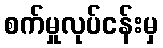
စက်မှုလုပ်ငန်းမှ